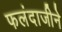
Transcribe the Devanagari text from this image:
फलंदाजीने